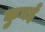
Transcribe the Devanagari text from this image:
कुबई